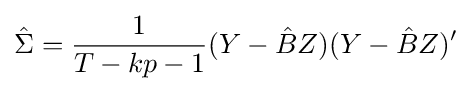
{\hat {\Sigma }}={\frac {1}{T-kp-1}}(Y-{\hat {B}}Z)(Y-{\hat {B}}Z)'